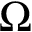
\Omega